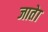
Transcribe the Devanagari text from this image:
जातेा